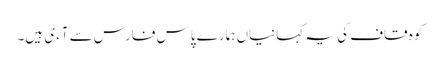
کوہ قاف کی یہ کہانیاں ہمارے پاس فارس سے آءی ہیں۔